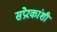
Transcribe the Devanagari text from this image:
संप्रेरकांशी